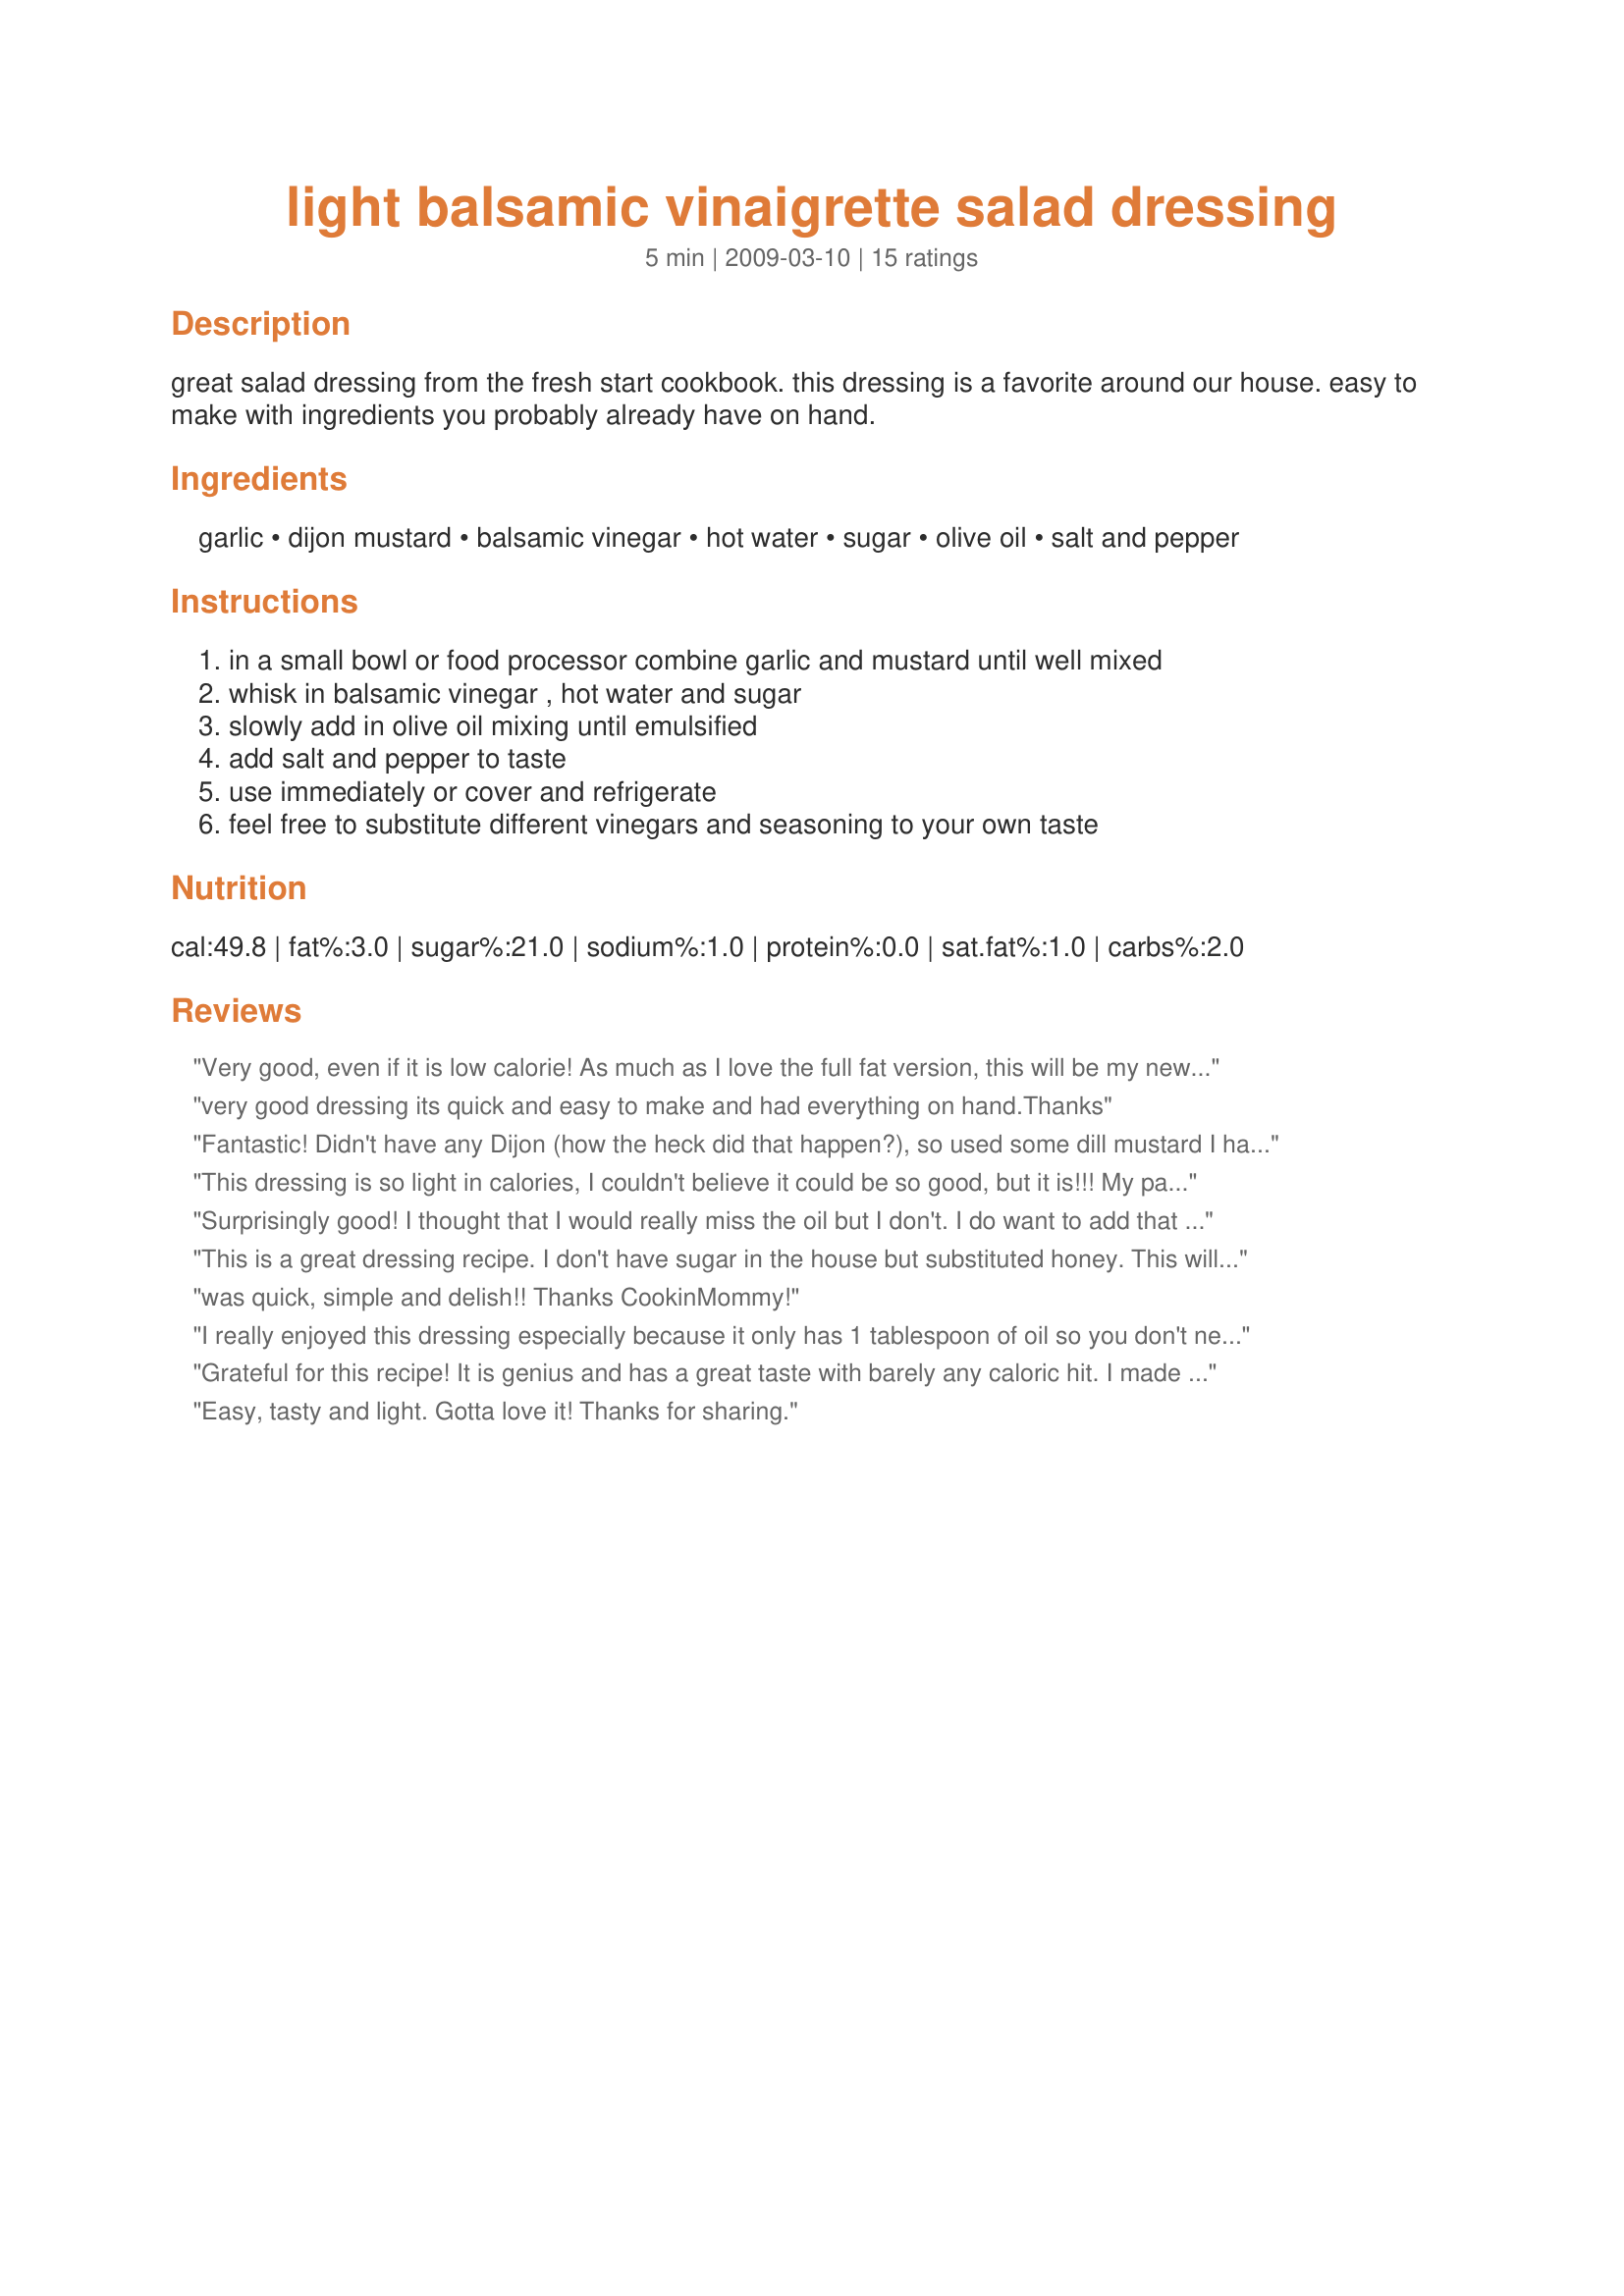
light balsamic vinaigrette salad dressing
Preparation time: 5 minutes

great salad dressing from the fresh start cookbook. this dressing is a favorite around our house. easy to make with ingredients you probably already have on hand.

Ingredients:
garlic, dijon mustard, balsamic vinegar, hot water, sugar, olive oil, salt and pepper

Steps:
in a small bowl or food processor combine garlic and mustard until well mixed, whisk in balsamic vinegar , hot water and sugar, slowly add in olive oil mixing until emulsified, add salt and pepper to taste, use immediately or cover and refrigerate, feel free to substitute different vinegars and seasoning to your own taste

Reviews:
Very good, even if it is low calorie! As much as I love the full fat version, this will be my new go to.
very good dressing its quick and easy to make and had everything on hand.Thanks
Fantastic! Didn't have any Dijon (how the heck did that happen?), so used some dill mustard I had on hand, and used white balsamic. Used this on Recipe #377117, and was it fabulous! So easy to make, it will be made again and again. Thnx for sharing, CookinMommy.
This dressing is so light in calories, I couldn't believe it could be so good, but it is!!! My parents were visiting and they asked for the recipe even before they knew it was so healthy. I need to find a way to make it a little thicker but other than that it is perfect! Thanks for help in my goal of providing tasty yet healthy foods!
Surprisingly good! I thought that I would really miss the oil but I don't. I do want to add that the calories count was divided into 6 servings. I doubt any of us would use 1/6 the recipe on a salad. :) I recalculated. I measured 48 TBSP of dressing in the recipe, so there will be around 6 calories per Tbsp.
This is a great dressing recipe. I don't have sugar in the house but substituted honey. This will be my standard dressing from now on. Thank you.
was quick, simple and delish!! Thanks CookinMommy!
I really enjoyed this dressing especially because it only has 1 tablespoon of oil so you don't need to much dressing on a salad. Delicious!
Grateful for this recipe! It is genius and has a great taste with barely any caloric hit. I made two changes. 1) I left the sugar out and relied on the “sweetness” of the balsamic vinegar. And 2) I used garlic granules instead of chopped garlic to infuse the flavor faster. I made it in a small clean pickle jar I had saved so I could just shake it and serve. Love it!
Easy, tasty and light. Gotta love it! Thanks for sharing.
Very good! Thank you.
I've had this in my file for a while and I finally made it tonight. It was terrific. I used Agave instead of sugar, cutting the amount of half that of the sugar. I also would like the dressing to be a little thicker, so I'm going to Wild by Nature and getting some guar gum. This is what is usually put in light dressings as a thickner. Thank you for sharing this.
Really lovely dressing, I added a little extra pepper as I like the peppery taste in my dressings :)
Very good, but I found it a little too sweet and lacking herbs. I added 2 tsp lemon juice, 1 tsp each of dried basil, oregano and parsley. My balsamic of choice was likely the culprit for the sweetness, but these changes made it perfect, IMO.
Delish and so... very low fat. I used a few drops of stevia for sweetener. The dijon and garlic really make this dressing stand up and shout, yummmy
